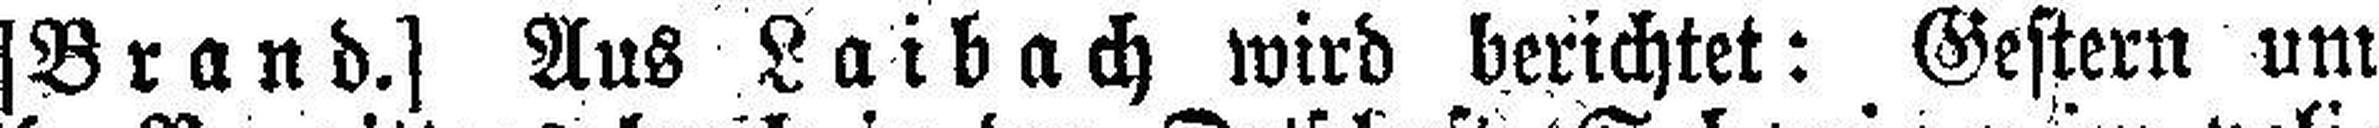
[Brand.] Aus Laibach wird berichtet: Gestern um